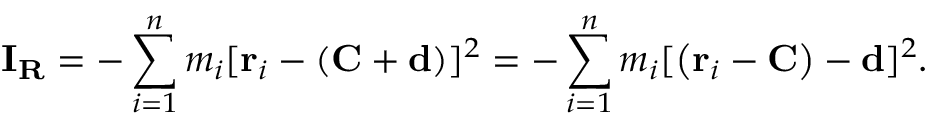
\mathbf { I } _ { \mathbf { R } } = - \sum _ { i = 1 } ^ { n } m _ { i } [ \mathbf { r } _ { i } - \left( \mathbf { C } + \mathbf { d } \right) ] ^ { 2 } = - \sum _ { i = 1 } ^ { n } m _ { i } [ \left( \mathbf { r } _ { i } - \mathbf { C } \right) - \mathbf { d } ] ^ { 2 } .